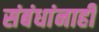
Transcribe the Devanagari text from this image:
संबंधांनाही